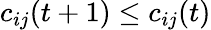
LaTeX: c_{ij}(t+1)\leq c_{ij}(t)